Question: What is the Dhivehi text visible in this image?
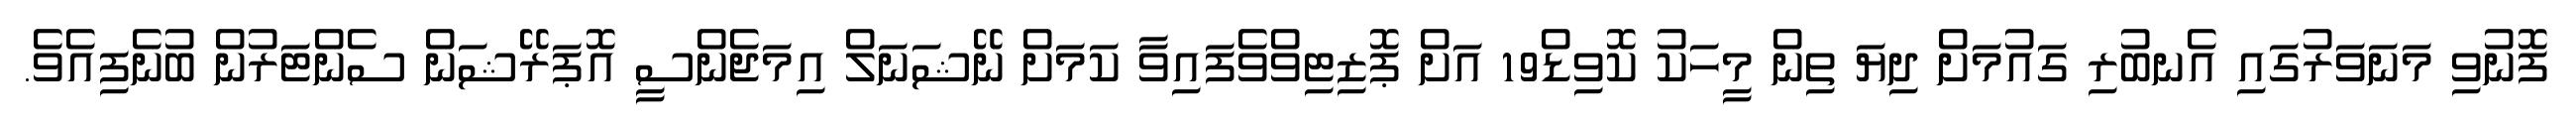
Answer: ފޮނުވި މަނަވަރުގައި އެނބުރި ގައުމަށް ދިޔަ ތިން މީހަކު ކޮވިޑް19 އަށް ޕޮޒިޓިވްވެފައިވާ ކަމަށް ނޭޝަނަލް އިމަޖެންސީ އޮޕަރޭޝަން ސެންޓަރުން ބުނެފިއެވެ.